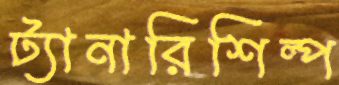
ট্যানারিশিল্প